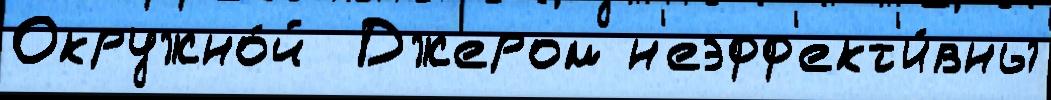
Окружно́й  Джером н'еэфф'ект'и́вны